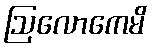
ဩလောကေမိ